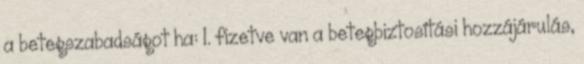
a betegszabadságot ha: 1. fizetve van a betegbiztosítási hozzájárulás,